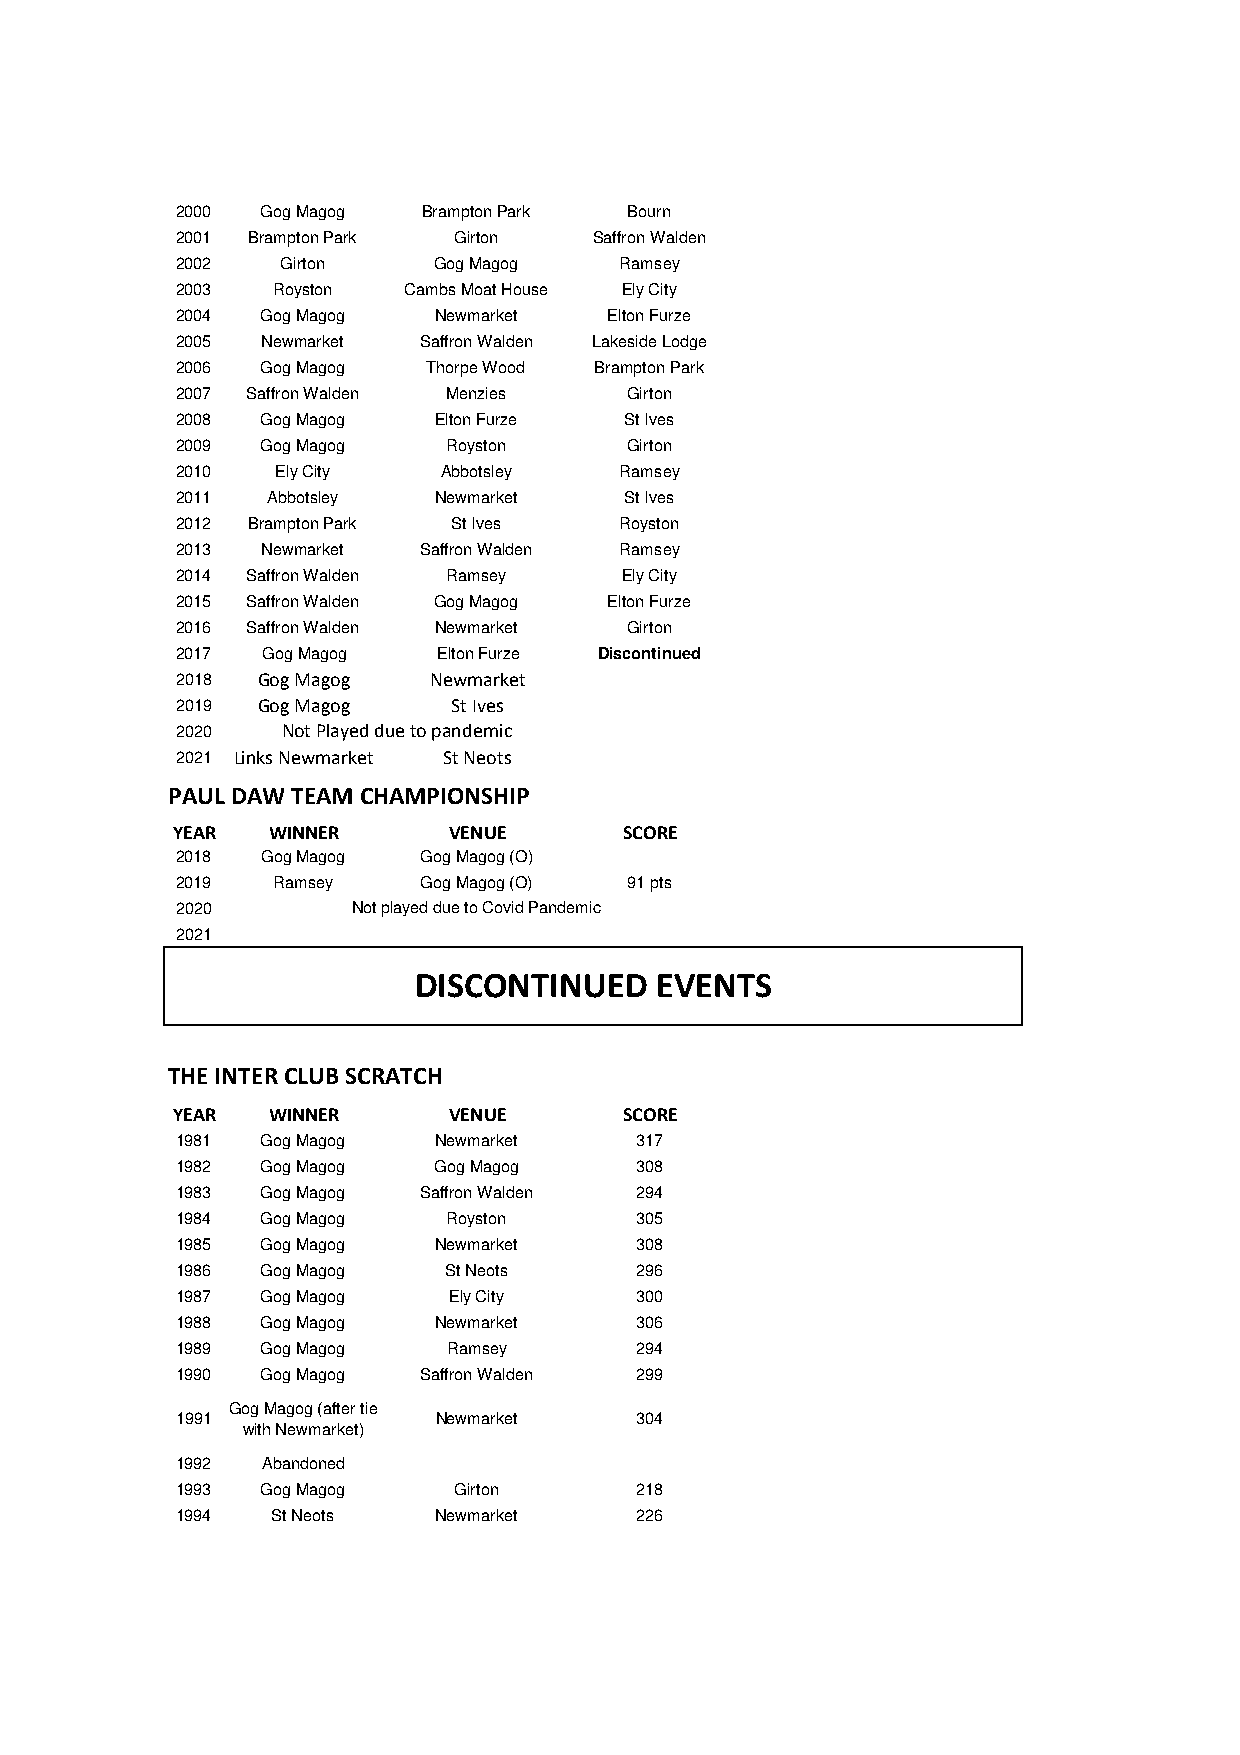
2000 Gog Magog  Brampton Park Bourn
 2001 Brampton Park Girton  Saffron Walden
 2002   Girton    Gog Magog   Ramsey
 2003  Royston  Cambs Moat House Ely City
 2004 Gog Magog   Newmarket  Elton Furze
 2005 Newmarket  Saffron Walden Lakeside Lodge
 2006 Gog Magog  Thorpe Wood Brampton Park
 2007 Saffron Walden Menzies   Girton
 2008 Gog Magog   Elton Furze St Ives
 2009 Gog Magog    Royston     Girton
 2010  Ely City   Abbotsley   Ramsey
 2011  Abbotsley  Newmarket   St Ives
 2012 Brampton Park St Ives   Royston
 2013 Newmarket  Saffron Walden Ramsey
 2014 Saffron Walden Ramsey   Ely City
 2015 Saffron Walden Gog Magog Elton Furze
 2016 Saffron Walden Newmarket Girton
 2017 Gog Magog   Elton Furze Discontinued
 2018 Gog Magog  Newmarket
 2019 Gog Magog    St Ives
 2020   Not Played due to pandemic
 2021 Links Newmarket St Neots
 PAUL DAW TEAM CHAMPIONSHIP
 YEAR   WINNER      VENUE      SCORE
 2018 Gog Magog  Gog Magog (O)
 2019  Ramsey    Gog Magog (O) 91 pts
 2020       Not played due to Covid Pandemic
 2021
 DISCONTINUED    EVENTS
 THE INTER CLUB SCRATCH
 YEAR   WINNER      VENUE      SCORE
 1981 Gog Magog   Newmarket    317
 1982 Gog Magog   Gog Magog    308
 1983 Gog Magog  Saffron Walden 294
 1984 Gog Magog    Royston     305
 1985 Gog Magog   Newmarket    308
 1986 Gog Magog    St Neots    296
 1987 Gog Magog    Ely City    300
 1988 Gog Magog   Newmarket    306
 1989 Gog Magog    Ramsey      294
 1990 Gog Magog  Saffron Walden 299
 Gog Magog (after tie
 1991             Newmarket    304
 with Newmarket)
 1992 Abandoned
 1993 Gog Magog    Girton      218
 1994  St Neots   Newmarket    226